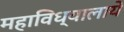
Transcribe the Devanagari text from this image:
महाविध्यालाये